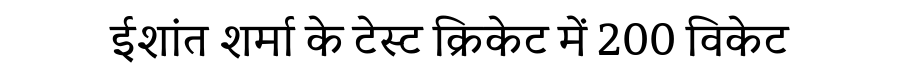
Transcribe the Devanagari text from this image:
ईशांत शर्मा के टेस्ट क्रिकेट में 200 विकेट